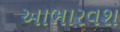
આભારવશ